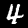
Digit: 4